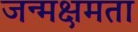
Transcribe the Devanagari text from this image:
जन्मक्षमता